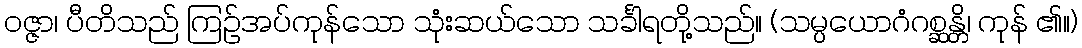
ဝဇ္ဇာ၊ ပီတိသည် ကြဉ်အပ်ကုန်သော သုံးဆယ်သော သင်္ခါရတို့သည်။ (သမ္ပယောဂံဂစ္ဆန္တိ၊ ကုန် ၏။)